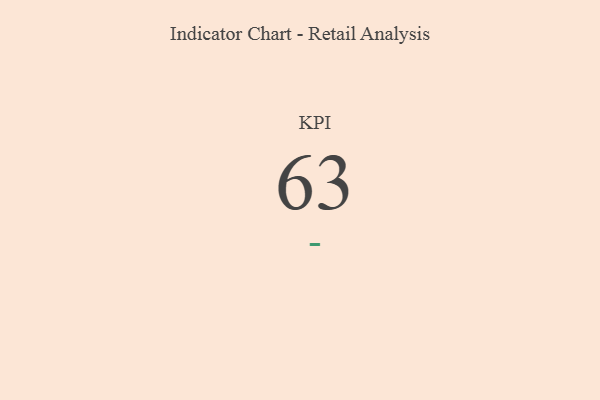
{"axis": {"x": "KPI", "y": "Value"}, "legend": [""], "data": [{"x": "KPI", "y": 63, "type": ""}]}